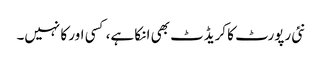
نئی رپورٹ کا کریڈٹ بھی ا نکا ہے، کسی اور کا نہیں۔